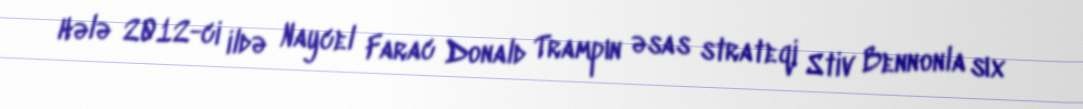
Hələ 2012-ci ildə Naycel Farac Donald Trampın əsas strateqi Stiv Bennonla sıx